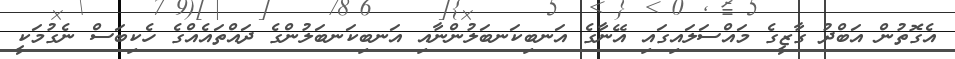
އެގޮތުން އަބްދު ގާޒީގެ މައްސަލައިގައި އޭނާގެ އަނބިކަނބަލުންނާއި އަނބިކަނބަލުންގެ ދައްތައެއްގެ ހެކިބަސް ނެގުމަކީ